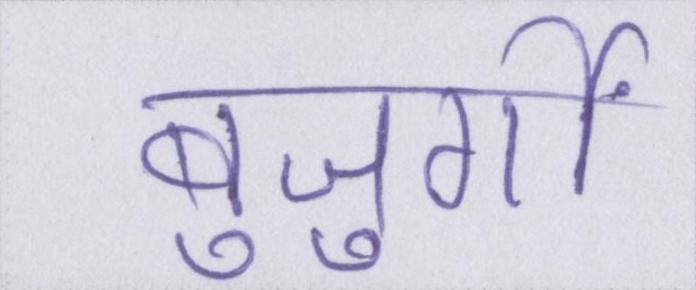
बुजुर्गों